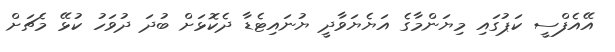
އޭއެފްސީ ކަޕުގައި މިޔަންމާގެ އަޔެޔަވާދީ ޔުނައިޓެޑާ ދެކޮޅަށް ބުދަ ދުވަހު ކުޅޭ މެޗަށް